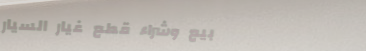
بيع وشراء قطع غيار السيار